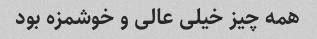
همه چیز خیلی عالی و خوشمزه بود